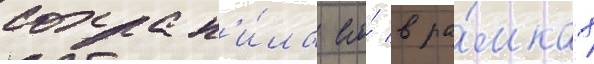
сохран'и́ла его́ в ра́мках